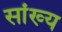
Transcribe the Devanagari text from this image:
सांख्‍य